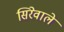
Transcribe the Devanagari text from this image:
सिरेवाले